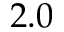
2 . 0